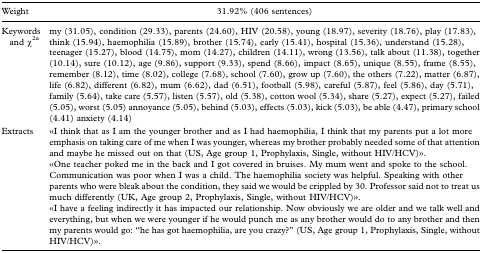
<table><thead><tr><td><b>Weight</b></td><td><b>31.92% (406 sentences)</b></td></tr></thead><tbody><tr><td>Keywords and χ<sup>2</sup>a</td><td>my (31.05), condition (29.33), parents (24.60), HIV (20.58), young (18.97), severity (18.76), play (17.83), think (15.94), haemophilia (15.89), brother (15.74), early (15.41), hospital (15.36), understand (15.28), teenager (15.27), blood (14.75), mom (14.27), children (14.11), wrong (13.56), talk about (11.38), together (10.14), sure (10.12), age (9.86), support (9.33), spend (8.66), impact (8.65), unique (8.55), frame (8.55), remember (8.12), time (8.02), college (7.68), school (7.60), grow up (7.60), the others (7.22), matter (6.87), life (6.82), different (6.82), mum (6.62), dad (6.51), football (5.98), careful (5.87), feel (5.86), day (5.71), family (5.64), take care (5.57), listen (5.57), old (5.38), cotton wool (5.34), share (5.27), expect (5.27), failed (5.05), worst (5.05) annoyance (5.05), behind (5.03), effects (5.03), kick (5.03), be able (4.47), primary school (4.41) anxiety (4.14)</td></tr><tr><td>Extracts</td><td>«I think that as I am the younger brother and as I had haemophilia, I think that my parents put a lot more emphasis on taking care of me when I was younger, whereas my brother probably needed some of that attention and maybe he missed out on that (US, Age group 1, Prophylaxis, Single, without HIV/HCV)».«One teacher poked me in the back and I got covered in bruises. My mum went and spoke to the school. Communication was poor when I was a child. The haemophilia society was helpful. Speaking with other parents who were bleak about the condition, they said we would be crippled by 30. Professor said not to treat us much differently (UK, Age group 2, Prophylaxis, Single, without HIV/HCV)».«I have a feeling indirectly it has impacted our relationship. Now obviously we are older and we talk well and everything, but when we were younger if he would punch me as any brother would do to any brother and then my parents would go: “he has got haemophilia, are you crazy?” (US, Age group 1, Prophylaxis, Single, without HIV/HCV)».</td></tr></tbody></table>